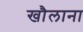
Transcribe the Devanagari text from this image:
खौलाना